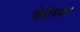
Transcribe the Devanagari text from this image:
चेरीच्या